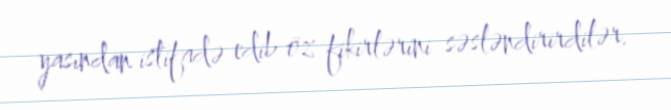
yasından istifadə edib öz fikirlərini səsləndirirdilər.